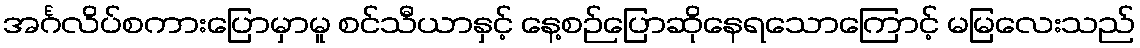
အင်္ဂလိပ်စကားပြောမှာမူ စင်သီယာနှင့် နေ့စဉ်ပြောဆိုနေရသောကြောင့် မမြလေးသည်